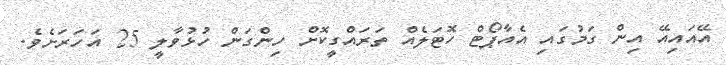
އޭއައިއޭ އިން ގަމުގައި އެއާޕޯޓް ހޮޓަލެއް ތަރައްގީކޮށް ހިންގަން ހުޅުވާލީ 25 އަހަރަށެވެ.